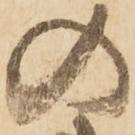
の